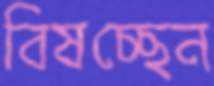
বিষচ্ছেন